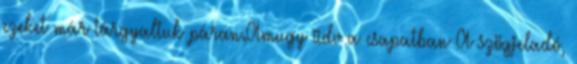
ezeket már tárgyaltuk páran.Amugy üdv a csapatban A szögjeladó,